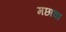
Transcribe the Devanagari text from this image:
मछावा